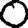
Digit: 0